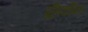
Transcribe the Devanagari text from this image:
प्रतिकविता